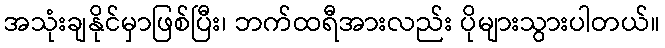
အသုံးချနိုင်မှာဖြစ်ပြီး၊ ဘက်ထရီအားလည်း ပိုများသွားပါတယ်။